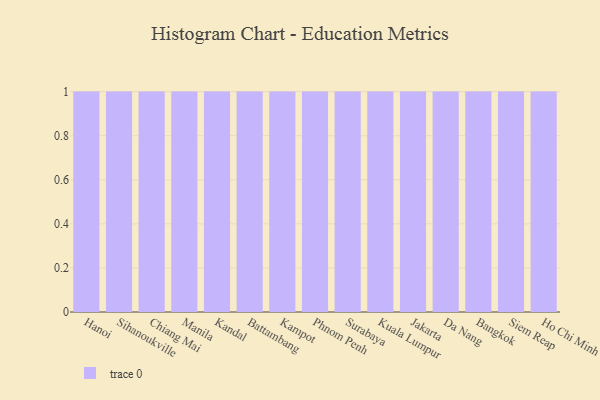
{"axis": {"x": "City", "y": "Humidity (%)"}, "legend": [""], "data": [{"x": "Hanoi", "y": 39, "type": ""}, {"x": "Sihanoukville", "y": 76, "type": ""}, {"x": "Chiang Mai", "y": 93, "type": ""}, {"x": "Manila", "y": 85, "type": ""}, {"x": "Kandal", "y": 23, "type": ""}, {"x": "Battambang", "y": 56, "type": ""}, {"x": "Kampot", "y": 59, "type": ""}, {"x": "Phnom Penh", "y": 16, "type": ""}, {"x": "Surabaya", "y": 91, "type": ""}, {"x": "Kuala Lumpur", "y": 6, "type": ""}, {"x": "Jakarta", "y": 86, "type": ""}, {"x": "Da Nang", "y": 17, "type": ""}, {"x": "Bangkok", "y": 3, "type": ""}, {"x": "Siem Reap", "y": 72, "type": ""}, {"x": "Ho Chi Minh City", "y": 44, "type": ""}]}